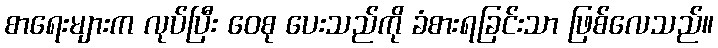
စာရေးများက လုပ်ပြီး ဝေစု ပေးသည်ကို ခံစားရခြင်းသာ ဖြစ်လေသည်။